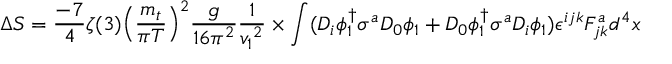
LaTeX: \Delta S = { \frac { - 7 } { 4 } } { \zeta ( 3 ) } { \left( \frac { m _ { t } } { \pi T } \right) ^ { 2 } } { \frac { g } { 1 6 { { \pi } ^ { 2 } } } } { \frac { 1 } { { v _ { 1 } } ^ { 2 } } } \times \int ( { \cal D } _ { i } \phi _ { 1 } ^ { \dagger } \sigma ^ { a } { \cal D } _ { 0 } \phi _ { 1 } + { \cal D } _ { 0 } \phi _ { 1 } ^ { \dagger } \sigma ^ { a } { \cal D } _ { i } \phi _ { 1 } ) \epsilon ^ { i j k } F _ { j k } ^ { a } d ^ { 4 } x